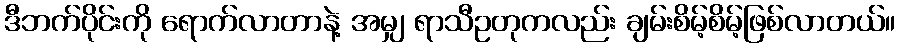
ဒီဘက်ပိုင်းကို ရောက်လာတာနဲ့ အမျှ ရာသီဥတုကလည်း ချမ်းစိမ့်စိမ့်ဖြစ်လာတယ်။